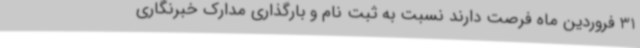
31 فروردین ماه فرصت دارند نسبت به ثبت نام و بارگذاری مدارک خبرنگاری